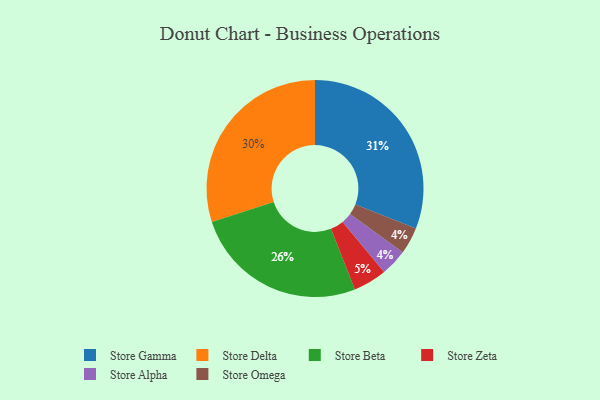
{"axis": {"x": "Category", "y": "Percentage"}, "legend": ["Store Alpha", "Store Beta", "Store Delta", "Store Gamma", "Store Omega", "Store Zeta"], "data": [{"x": "Store Beta", "y": 26, "type": "Store Beta"}, {"x": "Store Gamma", "y": 31, "type": "Store Gamma"}, {"x": "Store Delta", "y": 30, "type": "Store Delta"}, {"x": "Store Zeta", "y": 5, "type": "Store Zeta"}, {"x": "Store Alpha", "y": 4, "type": "Store Alpha"}, {"x": "Store Omega", "y": 4, "type": "Store Omega"}]}